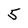
Character: 5